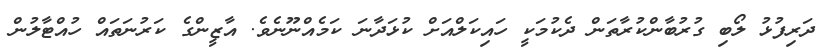
ދަރިފުޅު ލޯބި ގުރުބާންކުރާތަން ދެކުމަކީ ހައިކަލްއަށް ކުޅަދާނަ ކަމެއްނޫނެވެ. އާޒީންގެ ކަރުނަތައް ހުއްޓާލުން